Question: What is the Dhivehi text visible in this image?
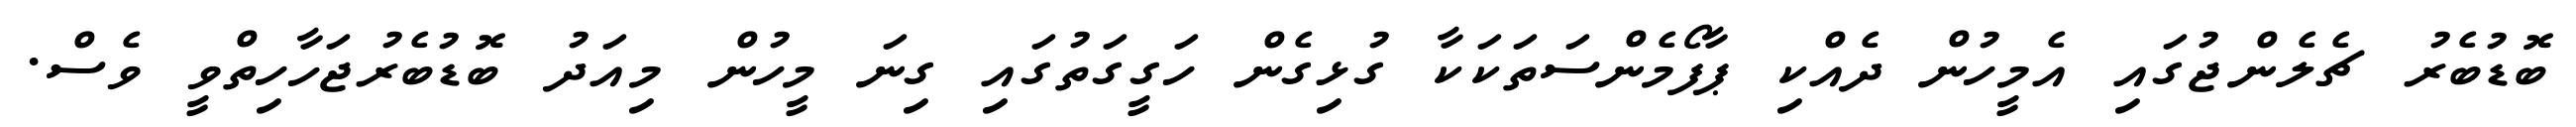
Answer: ބޮޑުބެރު ޗެލެންޖުގައި އެމީހުން ދެއްކި ޕާފޯމެންސަތަކަކާ ގުޅިގެން ހަގީގަތުގައި ގިނަ މީހުން މިއަދު ބޮޑުބެރުޖަހާހިތްވީ ވެސް.